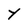
Character: Y